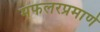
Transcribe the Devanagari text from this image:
मफलरप्रमाणे